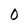
Character: 0